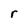
Character: r